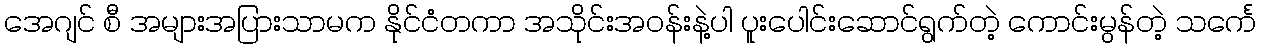
အေဂျင် စီ အများအပြားသာမက နိုင်ငံတကာ အသိုင်းအဝန်းနဲ့ပါ ပူးပေါင်းဆောင်ရွက်တဲ့ ကောင်းမွန်တဲ့ သင်္ကေ